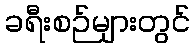
ခရီးစဉ်များတွင်